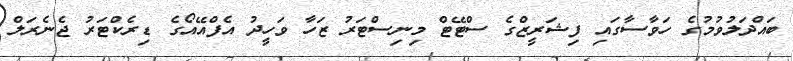
ބައްދަލުވުމުގެ ހަވާސާގައި ފިޝަރީޒްގެ ސްޓޭޓް މިނިސްޓަރު ޒަހާ ވަހީދު އެފްއޭއޯގެ ޑިރެކްޓަރު ޖެނެރަލް